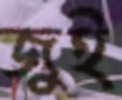
জুই